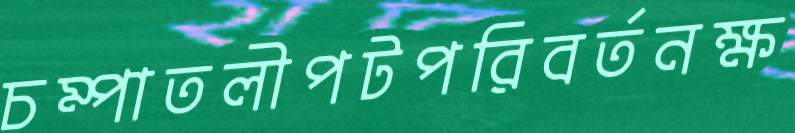
চম্পাতলীপটপরিবর্তনক্ষ